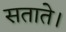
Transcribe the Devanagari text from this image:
सताते।